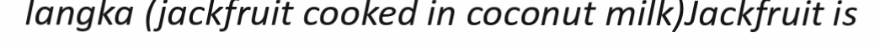
langka (jackfruit cooked in coconut milk)Jackfruit is